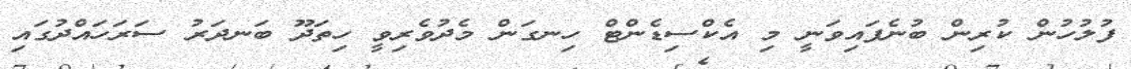
ފުލުހުން ކުރިން ބުނެފައިވަނީ މި އެކްސިޑެންޓް ހިނގަން މެދުވެރިވީ ހިތަދޫ ބަނދަރު ސަރަހައްދުގައި